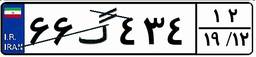
۶۶گ۴۳۴۱۲